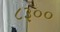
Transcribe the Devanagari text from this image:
८३००